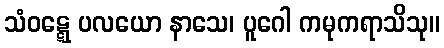
သံဝဋ္ဋေ ပလယော နာသေ၊ ပူဂေါ ကမုကရာသိသု။